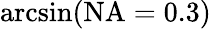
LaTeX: \arcsin(\mathrm{NA}=0.3)